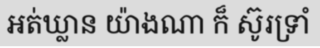
អត់ឃ្លាន យ៉ាងណា ក៏ ស៊ូរទ្រាំ